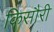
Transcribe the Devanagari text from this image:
किसौरी